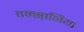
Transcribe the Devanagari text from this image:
तन्स़ानिया